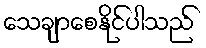
သေချာစေနိုင်ပါသည်